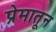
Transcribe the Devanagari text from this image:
प्रेमातून